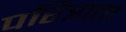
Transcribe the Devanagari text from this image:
परित्राता